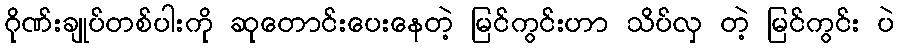
ဂိုဏ်းချုပ်တစ်ပါးကို ဆုတောင်းပေးနေတဲ့ မြင်ကွင်းဟာ သိပ်လှ တဲ့ မြင်ကွင်း ပဲ